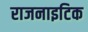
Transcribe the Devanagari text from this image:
राजनाइटिक